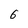
Character: 6